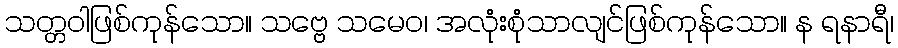
သတ္တဝါဖြစ်ကုန်သော။ သဗ္ဗေ သမေဝ၊ အလုံးစုံသာလျင်ဖြစ်ကုန်သော။ န ရနာရီ၊